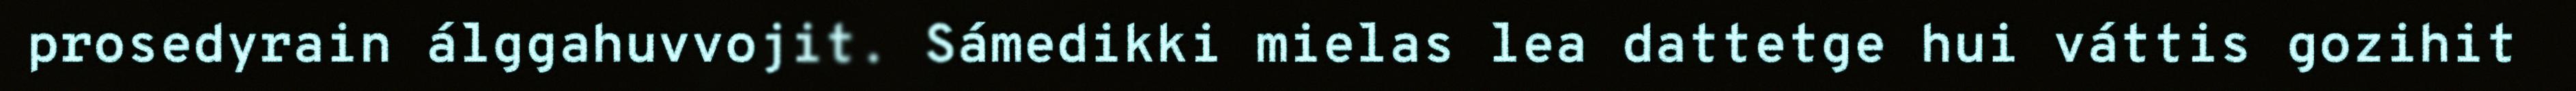
prosedyrain álggahuvvojit. Sámedikki mielas lea dattetge hui váttis gozihit